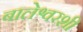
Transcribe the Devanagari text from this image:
बालेश्वरशी